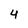
Character: 4